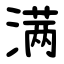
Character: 满